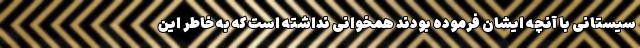
سیستانی با آنچه ایشان فرموده بودند همخوانی نداشته است که به خاطر این